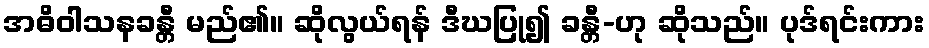
အဓိဝါသနခန္တီ မည်၏။ ဆိုလွယ်ရန် ဒီဃပြု၍ ခန္တီ-ဟု ဆိုသည်။ ပုဒ်ရင်းကား